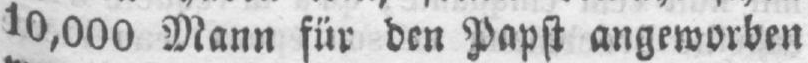
10,000 Mann für den Papst angeworben